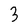
Character: 3